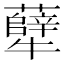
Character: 𪺶